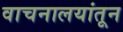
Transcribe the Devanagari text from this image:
वाचनालयांतून